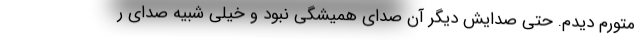
متورم دیدم. حتی صدایش دیگر آن صدای همیشگی نبود و خیلی شبیه صدای ر